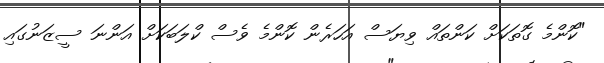
"ކޮންމެ ގޮތަކަށް ކަންތައް ވިޔަސް އަހަރެން ކޮންމެ ވެސް ކްލަބަކަށް އަންނަ ސީޒަނުގައި